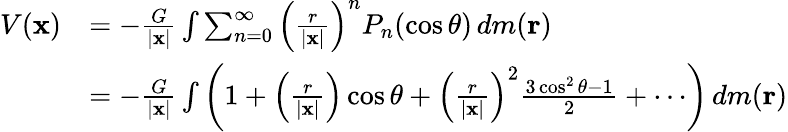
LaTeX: {\begin{array}{rl}{V(\mathbf{x})}&{=-{\frac{G}{|\mathbf{x}|}}\int\sum_{n=0}^{\infty}\left({\frac{r}{|\mathbf{x}|}}\right)^{n}P_{n}(\cos\theta)\, dm(\mathbf{r})}\\ &{=-{\frac{G}{|\mathbf{x}|}}\int\left(1+\left({\frac{r}{|\mathbf{x}|}}\right)\cos\theta+\left({\frac{r}{|\mathbf{x}|}}\right)^{2}{\frac{3\cos^{2}\theta-1}{2}}+\cdots\right)\, dm(\mathbf{r})}\end{array}}